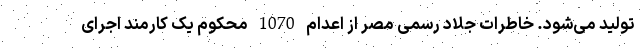
تولید می‌شود. خاطرات جلاد رسمی مصر از اعدام 1070 محکوم یک کارمند اجرای